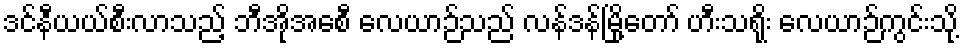
ဒင်နီယယ်စီးလာသည့် ဘီအိုအေစီ လေယာဉ်သည် လန်ဒန်မြို့တော် ဟီးသရိုး လေယာဉ်ကွင်းသို့